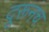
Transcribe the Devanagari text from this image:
दूरूनच